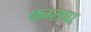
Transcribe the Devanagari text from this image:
फग्सपा